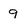
Character: 9